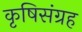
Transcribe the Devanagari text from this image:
कृषिसंग्रह